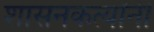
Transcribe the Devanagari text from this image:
शासनकर्त्यांनी